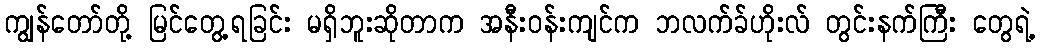
ကျွန်တော်တို့ မြင်တွေ့ရခြင်း မရှိဘူးဆိုတာက အနီးဝန်းကျင်က ဘလက်ခ်ဟိုးလ် တွင်းနက်ကြီး တွေရဲ့